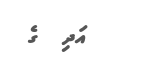
އަދި  ގެ